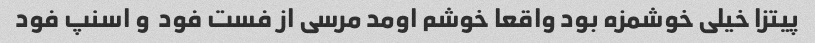
پیتزا خیلی خوشمزه بود واقعا خوشم اومد مرسی از فست فود  و اسنپ فود